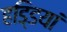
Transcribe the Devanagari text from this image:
हडि्डयां